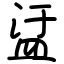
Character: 盓